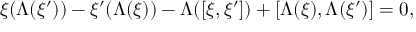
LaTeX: \xi ( \Lambda ( \xi ^ { \prime } ) ) - \xi ^ { \prime } ( \Lambda ( \xi ) ) - \Lambda ( [ \xi , \xi ^ { \prime } ] ) + [ \Lambda ( \xi ) , \Lambda ( \xi ^ { \prime } ) ] = 0 ,